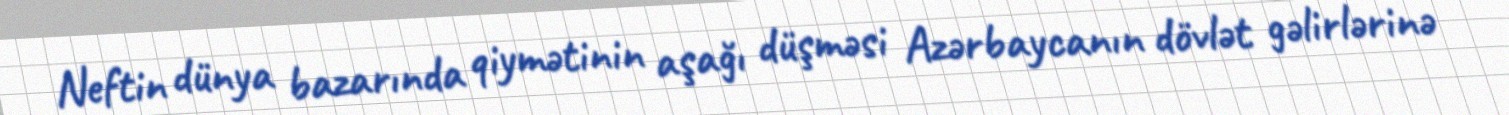
Neftin dünya bazarında qiymətinin aşağı düşməsi Azərbaycanın dövlət gəlirlərinə